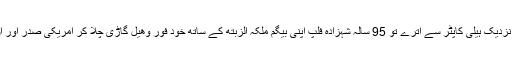
باراک اور میشیل اوباما ونڈسر پیلس کے نزدیک ہیلی کاپٹر سے اترے تو 95 سالہ شہزادہ فلپ اپنی بیگم ملکہ الزبتھ کے ساتھ خود فور وھیل گاڑی چلا کر امریکی صدر اور ان کی بیگم کا استقبال کرنے پہنچے تھے۔